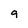
Character: 9